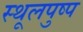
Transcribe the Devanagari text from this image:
स्थूलपुष्प